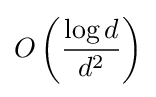
O\left({\frac {\log d}{d^{2}}}\right)